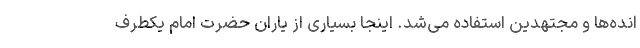
انده‌ها و مجتهدین استفاده می‌شد. اینجا بسیاری از یاران حضرت امام یکطرف